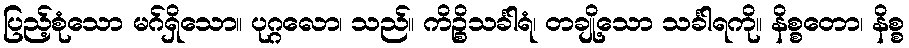
ပြည့်စုံသော မဂ်ရှိသော။ ပုဂ္ဂလော၊ သည်။ ကိဉ္စိသင်္ခါရံ၊ တချို့သော သင်္ခါရကို။ နိစ္စတော၊ နိစ္စ